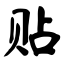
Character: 贴